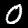
Digit: 0